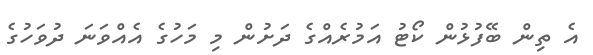
އެ ތިން ބޭފުޅުން ކޯޓު އަމުރެއްގެ ދަށުން މި މަހުގެ އެއްވަނަ ދުވަހުގެ